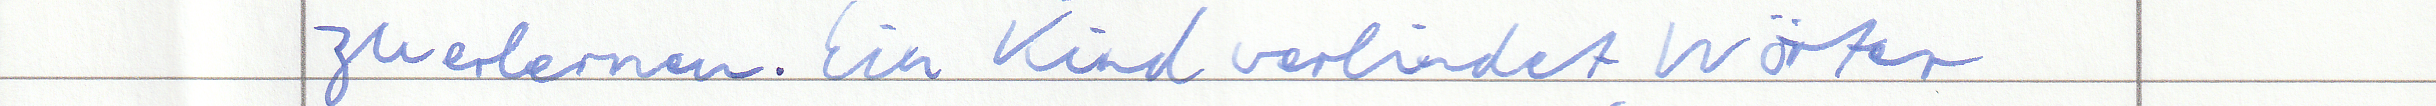
zu erlernen. Ein Kind verbindet Wörter